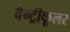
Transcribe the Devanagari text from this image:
वैन्ट्रीकूलर